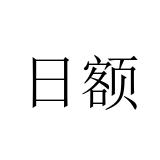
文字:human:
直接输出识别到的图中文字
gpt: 日额